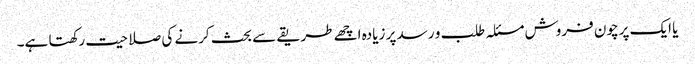
یا ایک پرچون فروش مسئلہ طلب و رسد پر زیادہ اچھے طریقے سے بحث کرنے کی صلاحیت رکھتا ہے۔